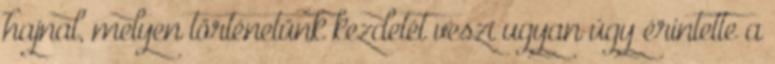
hajnal, melyen történetünk kezdetét veszi ugyan úgy érintette a